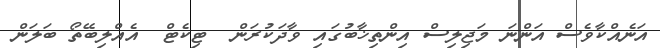
އަނެއްކާވެސް އަންނަ މަޖިލިސް އިންތިޚާބުގައި ވާދަކުރަން  ޓިކެޓް  އެއްލިބޭތޯ ބަލަން